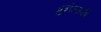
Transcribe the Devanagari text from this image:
प्रुनेलाकी